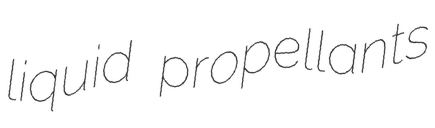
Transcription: liquid propellants